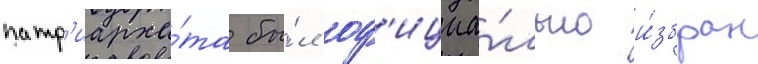
патр'иарха́та бы́л оф'ициа́льно и́збран